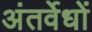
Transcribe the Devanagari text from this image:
अंतर्वेधों